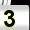
Digit: 3